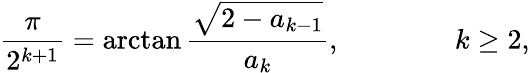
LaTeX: {\frac{\pi}{2^{k+1}}}=\arctan{\frac{\sqrt{2-a_{k-1}}}{a_{k}}},\qquad\qquad k\geq 2,